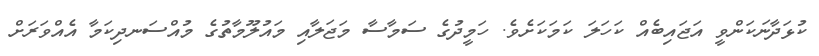
ކުޅަދާނަކަންވީ އަޖައިބެއް ކަހަލަ ކަމަކަށެވެ. ހަމީދުގެ ސަމާސާ މަޖަލާއި މައުލޫމާތުގެ މުއްސަނދިކަމާ އެއްވަރަށް